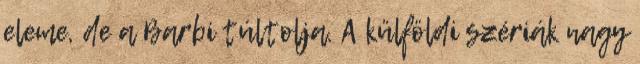
eleme, de a Barbi túltolja. A külföldi szériák nagy